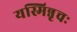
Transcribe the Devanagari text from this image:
यस्मिन्नृचः